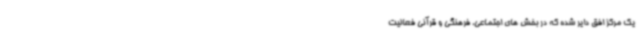
یک مرکز افق دایر شده که در بخش های اجتماعی، فرهنگی و قرآنی فعالیت